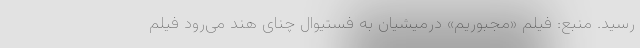
رسید. منبع: فیلم «مجبوریم» درمیشیان به فستیوال چنای هند می‌رود فیلم